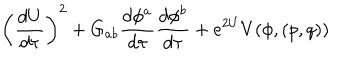
\left( { \frac { d U } { d \tau } } \right) ^ { 2 } + G _ { a b } { \frac { d \phi ^ { a } } { d \tau } } { \frac { d \phi ^ { b } } { d \tau } } + e ^ { 2 U } V ( \phi , ( p , q ) )